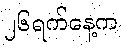
၂၆ရက်နေ့က